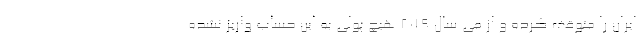
ایران را متوقف کرده و از می سال 2019 هیچ پولی به این حساب واریز نشده